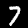
Digit: 7